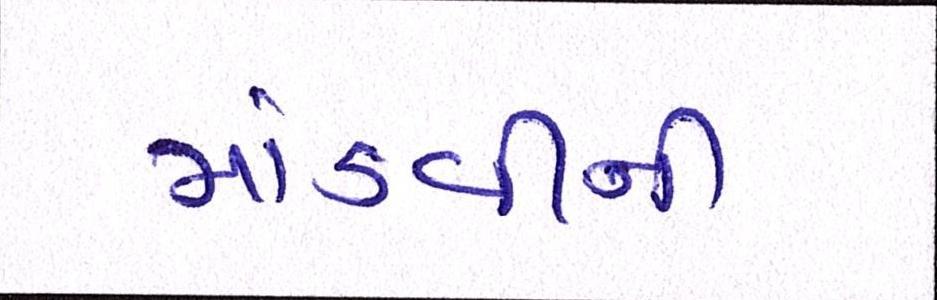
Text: માંડવીની